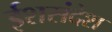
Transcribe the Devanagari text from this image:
ईशसंदेश